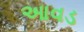
આવડ